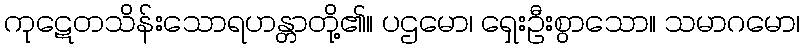
ကုဋေတသိန်းသောရဟန္တာတို့၏။ ပဌမော၊ ရှေးဦးစွာသော။ သမာဂမော၊